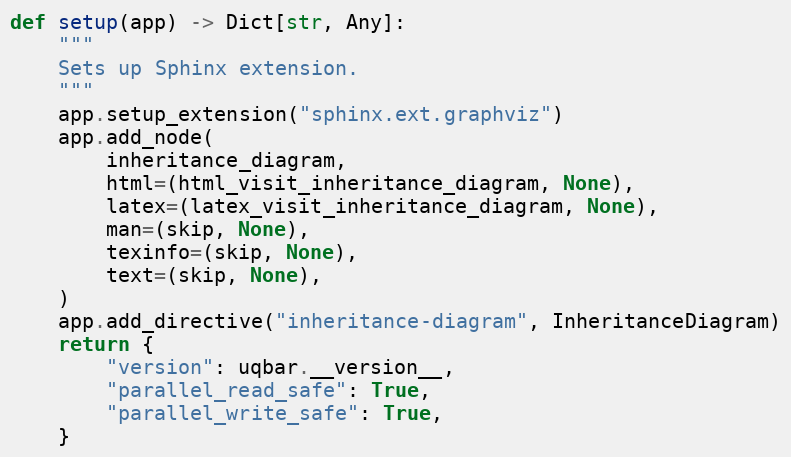
Language: Python
def setup(app) -> Dict[str, Any]:
    """
    Sets up Sphinx extension.
    """
    app.setup_extension("sphinx.ext.graphviz")
    app.add_node(
        inheritance_diagram,
        html=(html_visit_inheritance_diagram, None),
        latex=(latex_visit_inheritance_diagram, None),
        man=(skip, None),
        texinfo=(skip, None),
        text=(skip, None),
    )
    app.add_directive("inheritance-diagram", InheritanceDiagram)
    return {
        "version": uqbar.__version__,
        "parallel_read_safe": True,
        "parallel_write_safe": True,
    }